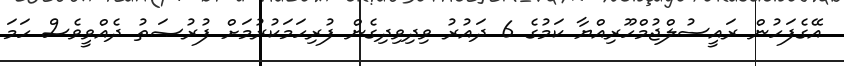
އޭގެފަހުން ރައީސުލްޖުމްހޫރިއްޔާ ކަމުގެ 6 ދައުރު ވިދިވިދިގެން ފުރިހަމަކުރުމަށް ފުރުޞަތު ދެއްވީވެސް ހަމަ